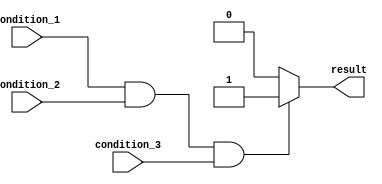
module if_else_statement(
    input wire condition_1,
    input wire condition_2,
    input wire condition_3,
    output reg result
);
  
always @(*)
begin
    if(condition_1 && condition_2 && condition_3) begin
        // Code to be executed if all conditions are true
        result <= 1;
    end
    else begin
        // Code to be executed if any condition is false
        result <= 0;
    end
end
  
endmodule